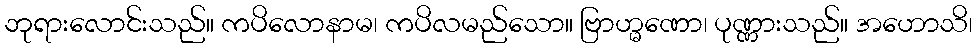
ဘုရားလောင်းသည်။ ကပိလောနာမ၊ ကပိလမည်သော။ ဗြာဟ္မဏော၊ ပုဏ္ဏားသည်။ အဟောသိ၊